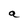
Character: a